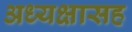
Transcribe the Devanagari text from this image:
अध्यक्षासह